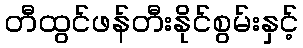
တီထွင်ဖန်တီးနိုင်စွမ်းနှင့်